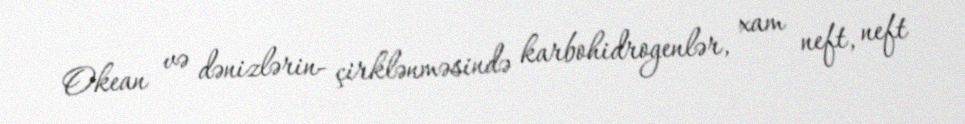
Okean və dənizlərin- çirklənməsində karbohidrogenlər, xam neft, neft